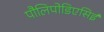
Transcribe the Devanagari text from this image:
पौलिपोडिएसिई